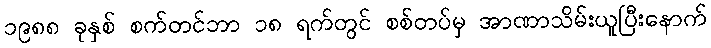
၁၉၈၈ ခုနှစ် စက်တင်ဘာ ၁၈ ရက်တွင် စစ်တပ်မှ အာဏာသိမ်းယူပြီးနောက်